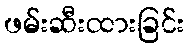
ဖမ်းဆီးထားခြင်း